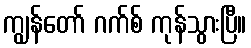
ကျွန်တော် ဂက်စ် ကုန်သွားပြီ။